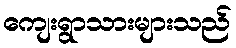
ကျေးရွာသားများသည်